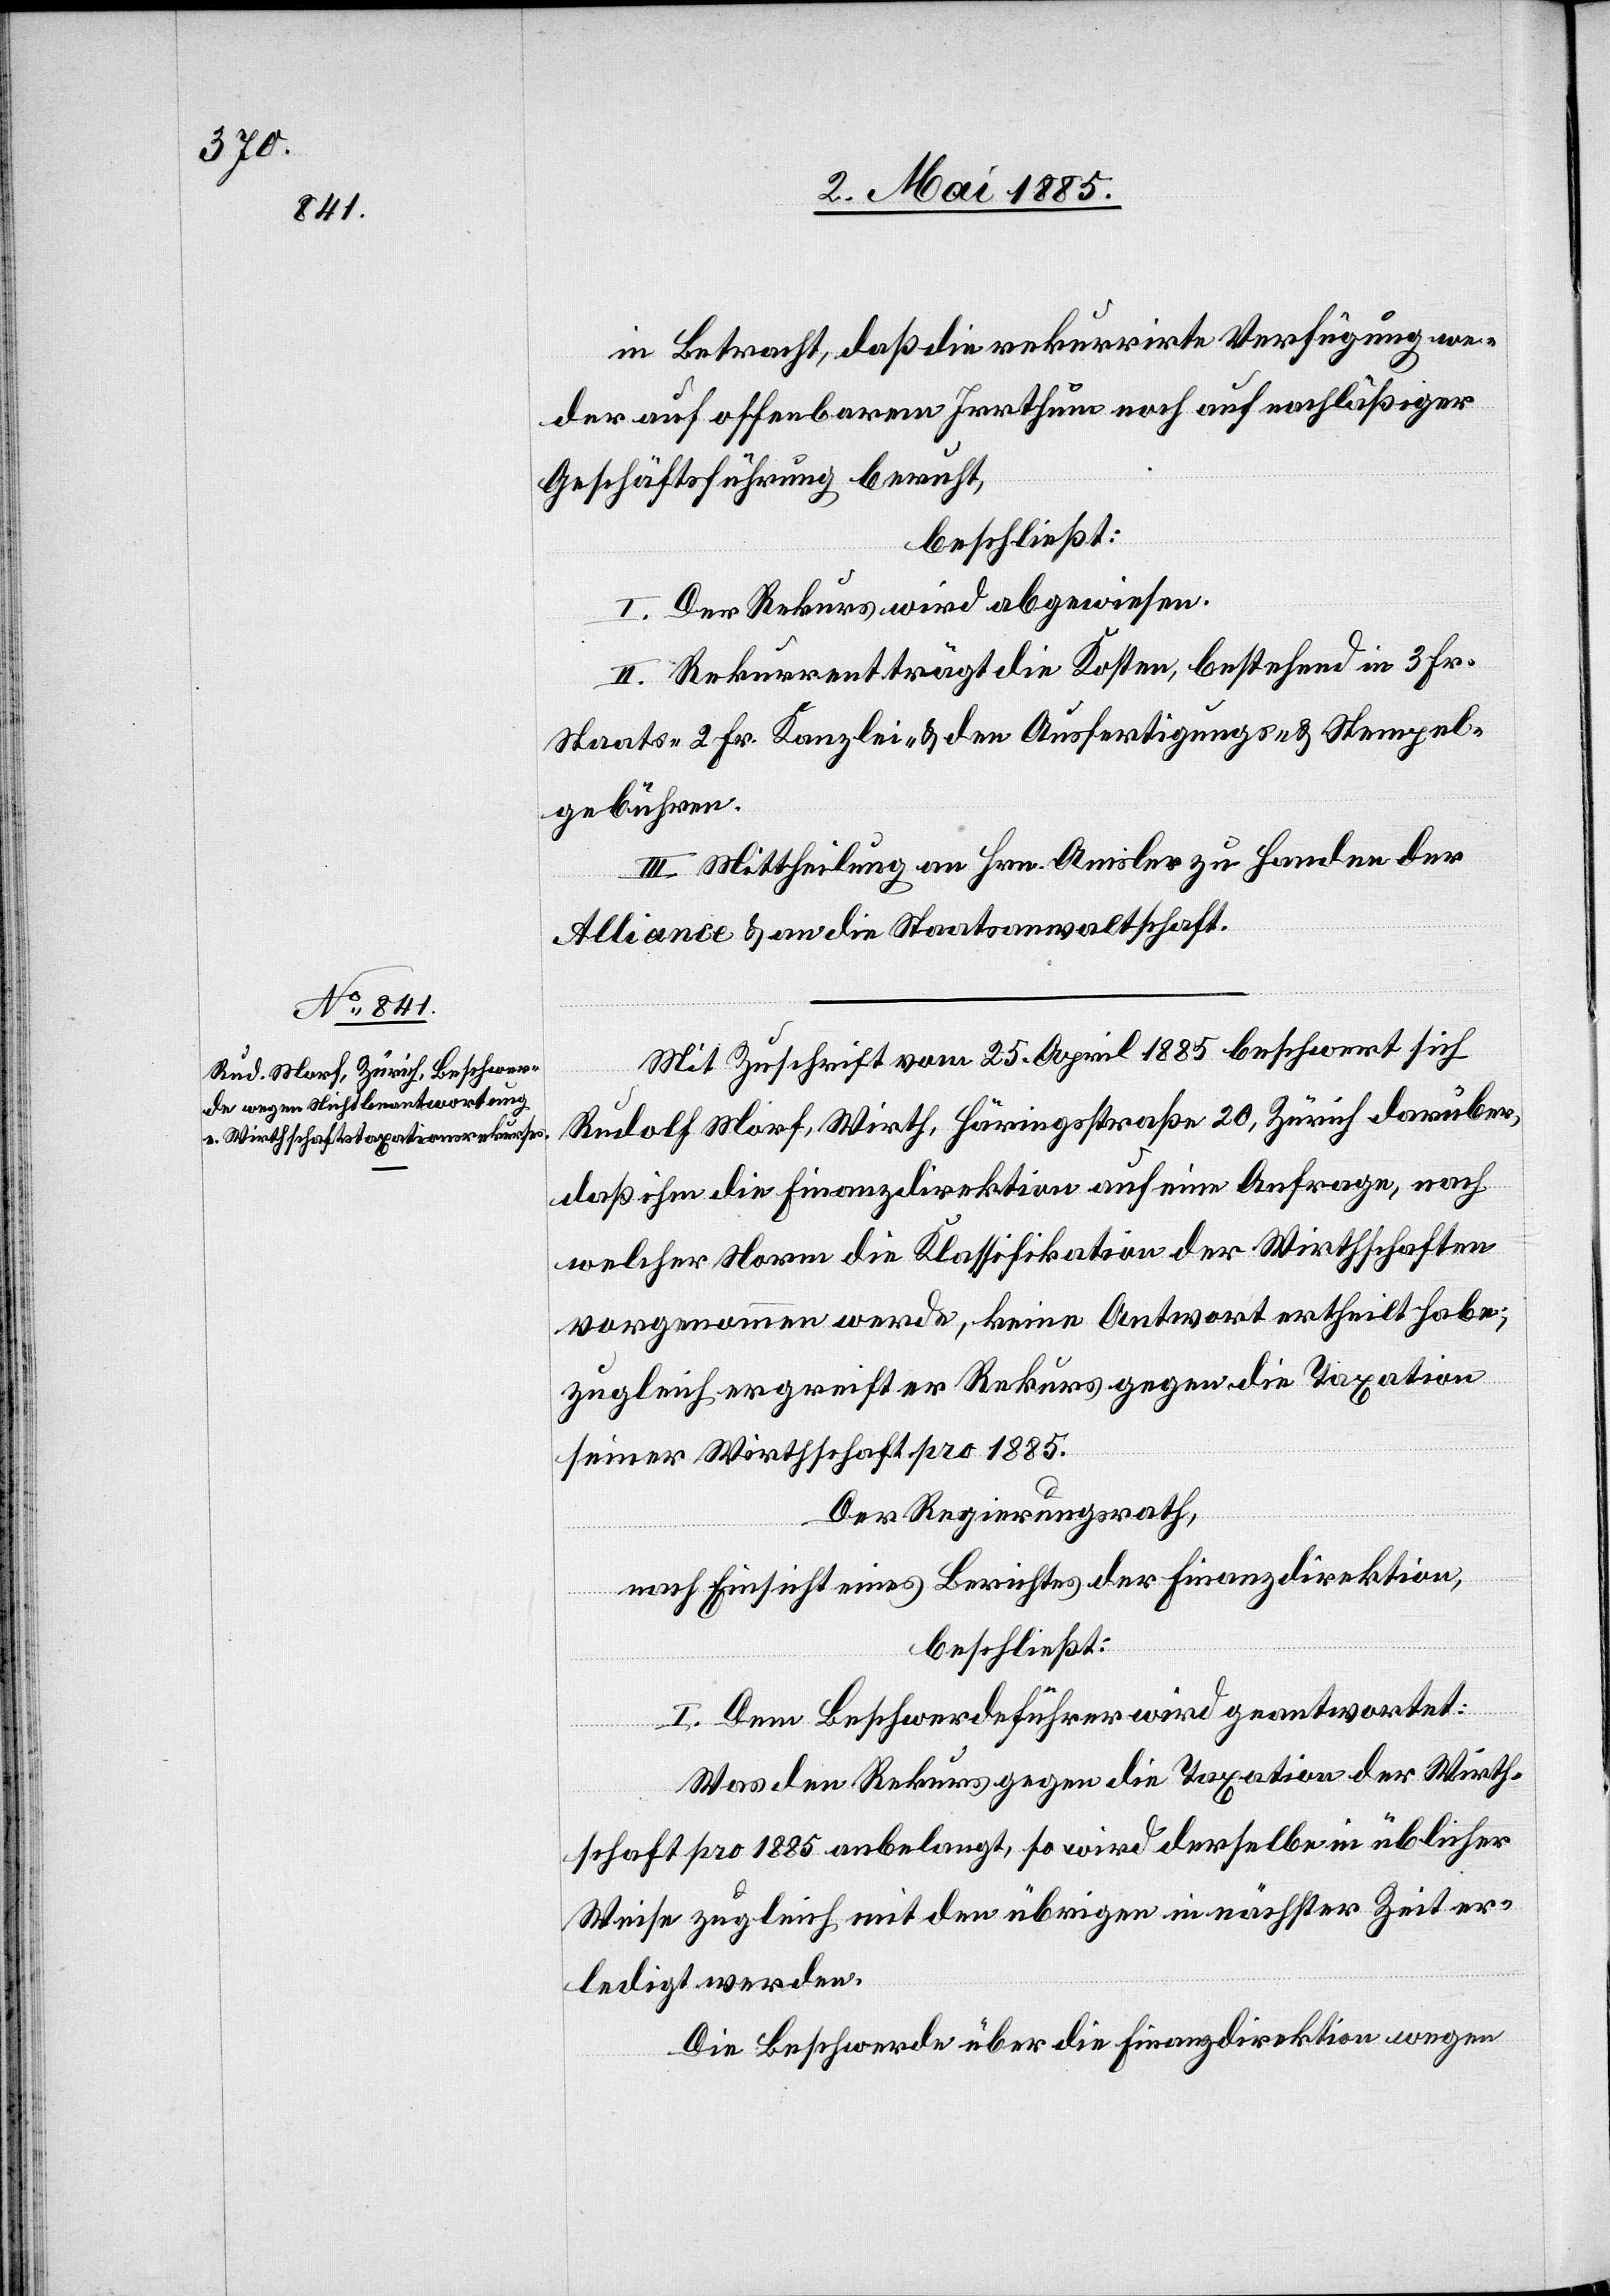
in Betracht, daß die rekurrirte Verfügung we¬
der auf offenbarem Irrthum noch auf nachläßiger
Geschäftsführung beruht,
beschließt:
I. Der Rekurs wird abgewiesen.
II. Rekurrent trägt die Kosten, bestehend in 3 Fr.
Staats-[,] 2 Fr. Kanzlei- & den Ausfertigungs- & Stempel¬
gebühren.
III. Mittheilung an Hrn. Amsler zu Handen der
Alliance & an die Staatsanwaltschaft.
Mit Zuschrift vom 25. April 1885 beschwert sich
Rudolf Morf, Wirth, Häringsstraße 20, Zürich darüber,
daß ihm die Finanzdirektion auf eine Anfrage, nach
welcher Norm die Klassifikation der Wirthschaften
vorgenommen werde, keine Antwort ertheilt habe,
zugleich ergreift er Rekurs gegen die Taxation
seiner Wirthschaft pro 1885.
Der Regierungsrath,
nach Einsicht eines Berichtes der Finanzdirektion,
beschließt:
I. Dem Beschwerdeführer wird geantwortet:
Was den Rekurs gegen die Taxation der Wirth¬
schaft pro 1885 anbelangt, so wird derselbe üblicher
Weise zugleich mit den übrigen in nächster Zeit er¬
ledigt werden.
Die Beschwerde über die Finanzdirektion wegen